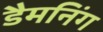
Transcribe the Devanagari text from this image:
डैमनिंग